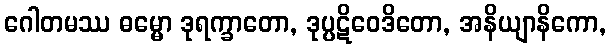
ဂေါတမဿ ဓမ္မော ဒုရက္ခာတော, ဒုပ္ပဋိဝေဒိတော, အနိယျာနိကော,